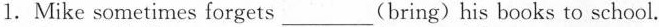
1.Mike sometimes forgets___(bring)his books to school.